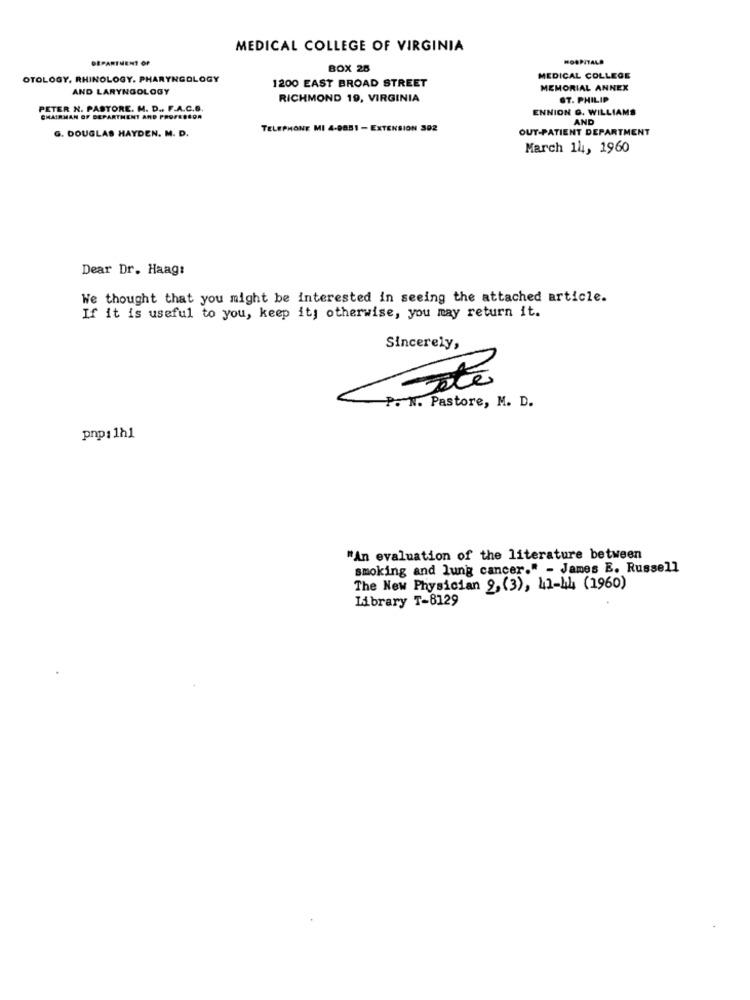
MEDICAL COLLEGE OF VIRGINIA
DEPARTMENT OF
HOSPITALS
BOX 25
OTOLOGY, RHINOLOGY. PHARYNGOLOGY
1200 EAST BROAD STREET
MEDICAL COLLEGE
AND LARYNGOLOGY
MEMORIAL ANNEX
RICHMOND 19, VIRGINIA
ST. PHILIP
PETER N. PASTORE. M. D ., F.A.C.B.
ENNION G. WILLIAMS
CHAIRMAN OF DEPARTMENT AND PROFESSOR
AND
G. DOUGLAS HAYDEN. M. D.
TELEPHONE MI 4-9851 - EXTENSION 302
OUT-PATIENT DEPARTMENT
March 14, 1960
Dear Dr. Haag:
We thought that you might be interested in seeing the attached article.
If it is useful to you, keep it; otherwise, you may return it.
Sincerely,
12
P. M. Pastore, M. D.
pnp: 1h1
"An evaluation of the literature between
smoking and lung cancer." - James E. Russell
The New Physician 9, (3), 41-44 (1960)
Library T-8129